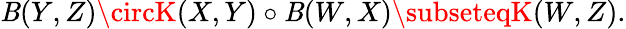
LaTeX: \mathit{B}(Y,Z)\circK(X,Y)\circ\mathit{B}(W,X)\subseteqK(W,Z).